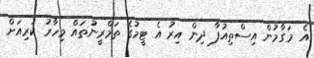
އެ މަގާމުން އިސްތިއުފާ ދިން އިރު އެ ޓީމުގެ ތަމްރީނުތައް މިހާރު ކުރިއަށް